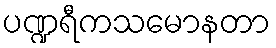
ပဏ္ဍရီကသမောနတာ